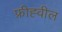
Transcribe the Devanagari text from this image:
फ्रीह्वील